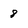
Character: 8